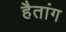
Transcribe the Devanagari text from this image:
हैतांग